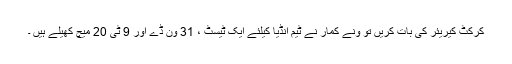
کرکٹ کیریئر کی بات کریں تو ونے کمار نے ٹیم انڈیا کیلئے ایک ٹیسٹ ، 31 ون ڈے اور 9 ٹی 20 میچ کھیلے ہیں ۔